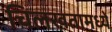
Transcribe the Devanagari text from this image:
चिलखतामध्ये